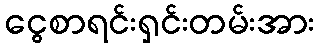
ငွေစာရင်းရှင်းတမ်းအား